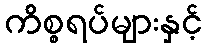
ကိစ္စရပ်များနှင့်